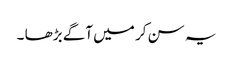
یہ سن کر میں آگے بڑھا ۔